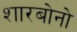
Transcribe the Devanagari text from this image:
शारबोनो